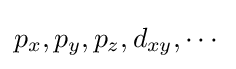
p_{x},p_{y},p_{z},d_{xy},\cdots